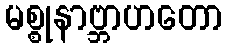
မစ္စုနာဗ္ဘာဟတော